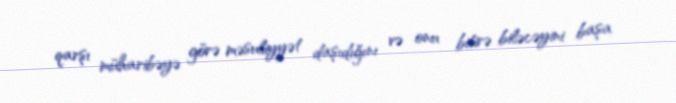
qarşı müharibəyə görə məsuliyyət daşıdığını və onu bitirə biləcəyini başa